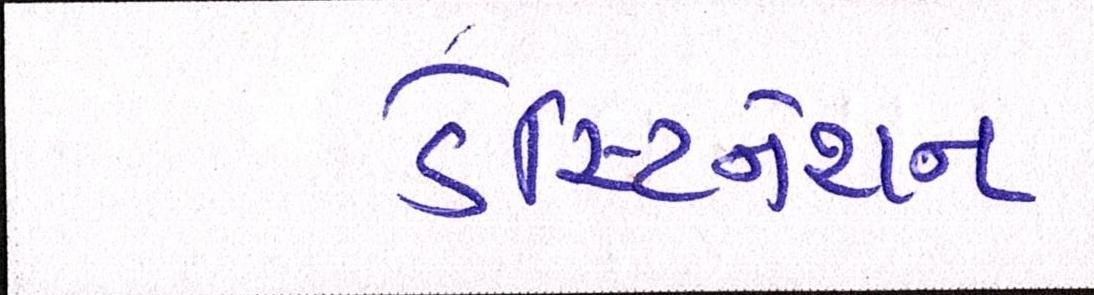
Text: ડેસ્ટિનેશન